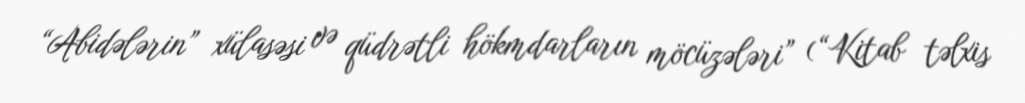
“Abidələrin” xülasəsi və qüdrətli hökmdarların möcüzələri” (“Kitab təlxis